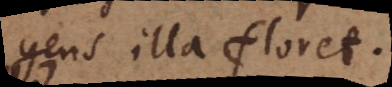
gens illa floret. Dia